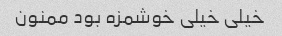
خیلی خیلی خوشمزه بود ممنون